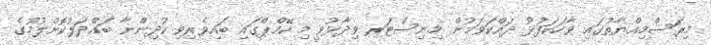
މިރަސްމިއްޔާތުގައި ވާހަކަފުޅު ދައްކަވަމުން މިނިސްޓަރ ވިދާޅުވީ މި ކޭމްޕްގައި ބައިވެރިވި ކުދިންނާ ބައްދަލުކޮށްލުމުގެ